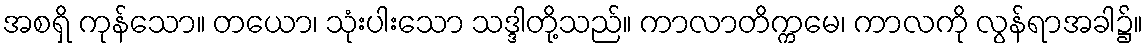
အစရှိ ကုန်သော။ တယော၊ သုံးပါးသော သဒ္ဒါတို့သည်။ ကာလာတိက္ကမေ၊ ကာလကို လွန်ရာအခါ၌။